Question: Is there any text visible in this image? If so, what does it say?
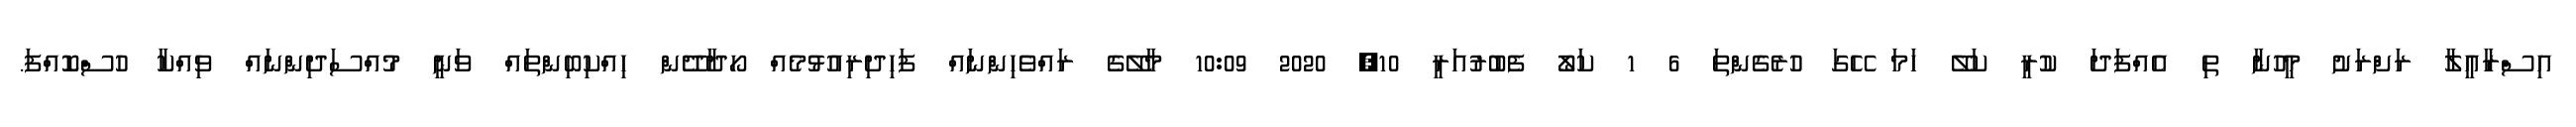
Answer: އިސްރާއީލާ ރަށްރަށު މީހުނާ ތި އެއްފަދަ ކުރީ ކަލޭ ހަމަ ހޭގަ ހުރެގެންތަ 6 1 ކަލޯ ފެބުރުއަރީ 10, 2020 10:09 މާލޭގެ ރައްވެހިންނައް ފަހިދިރިއުޅުމެއް ހޯދާދޭން ހިއްކިބިންތައް ވަނީ މުއްސަދިންނައް ވިއްކާ ހުސްކޮއްފަ.